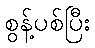
စွန့်ပစ်ပြီး